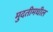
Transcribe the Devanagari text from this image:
मुदतीमधील